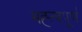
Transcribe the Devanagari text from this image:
मह्त्वपूण॑